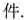
件。